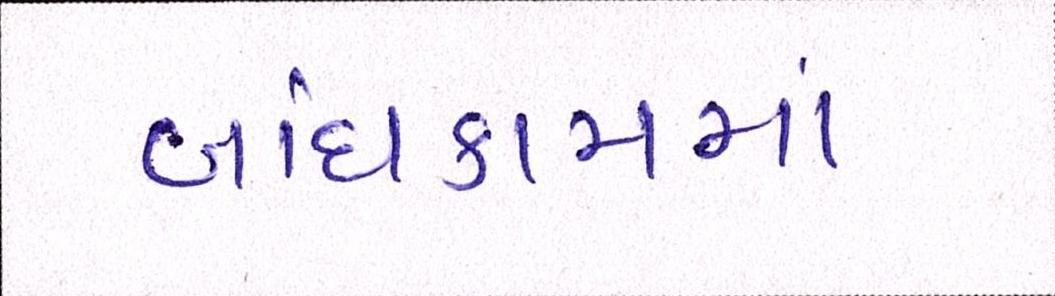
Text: બાંધકામમાં